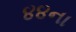
૪૪ના